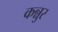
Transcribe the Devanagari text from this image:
कन्नुर